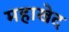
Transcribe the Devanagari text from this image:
महाखेद